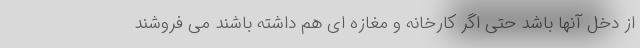
از دخل آنها باشد حتی اگر کارخانه و مغازه ای هم داشته باشند می فروشند